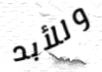
وللأبد